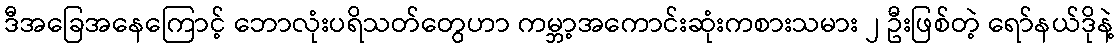
ဒီအခြေအနေကြောင့် ဘောလုံးပရိသတ်တွေဟာ ကမ္ဘာ့အကောင်းဆုံးကစားသမား ၂ ဦးဖြစ်တဲ့ ရော်နယ်ဒိုနဲ့